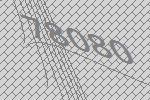
78080